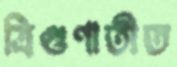
ত্রিগুণাতীত